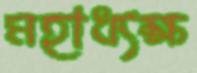
মহাধ্যক্ষ